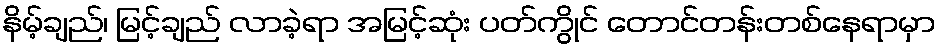
နိမ့်ချည်၊ မြင့်ချည် လာခဲ့ရာ အမြင့်ဆုံး ပတ်ကွိုင် တောင်တန်းတစ်နေရာမှာ